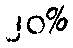
၂၀%